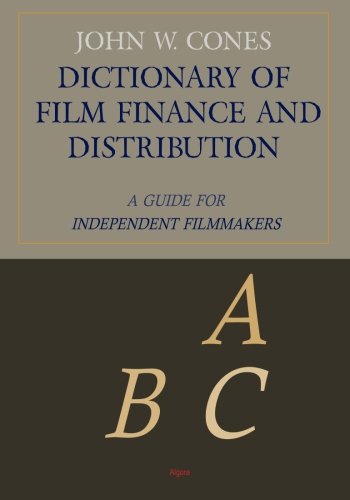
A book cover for Dictionary of Film Finance and Distribution: A Guide for Independent Filmmakers; John W. Cones; Humor & Entertainment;